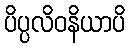
ပိပ္ပလိဝနိယာပိ